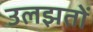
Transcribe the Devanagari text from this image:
उलझतों